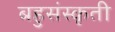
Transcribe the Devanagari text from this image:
बहुसंस्कृती